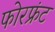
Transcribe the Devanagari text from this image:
फोरफ्रंट